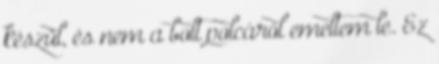
készül, és nem a bolt polcáról emeltem le. Ez